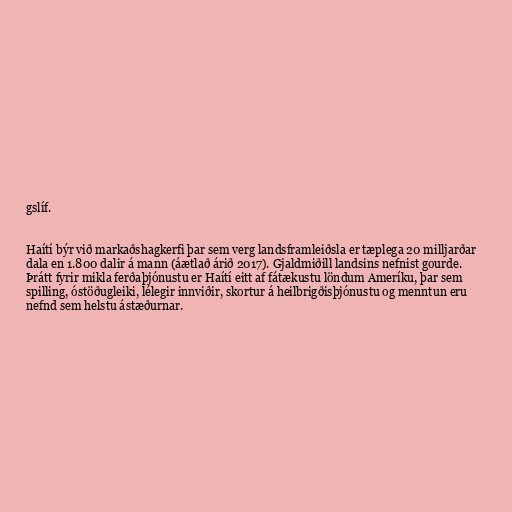
gslíf.

Haítí býr við markaðshagkerfi þar sem verg landsframleiðsla er tæplega 20 milljarðar
dala en 1.800 dalir á mann (áætlað árið 2017). Gjaldmiðill landsins nefnist gourde.
Þrátt fyrir mikla ferðaþjónustu er Haítí eitt af fátækustu löndum Ameríku, þar sem
spilling, óstöðugleiki, lélegir innviðir, skortur á heilbrigðisþjónustu og menntun eru
nefnd sem helstu ástæðurnar.